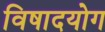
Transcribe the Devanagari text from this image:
विषादयोग